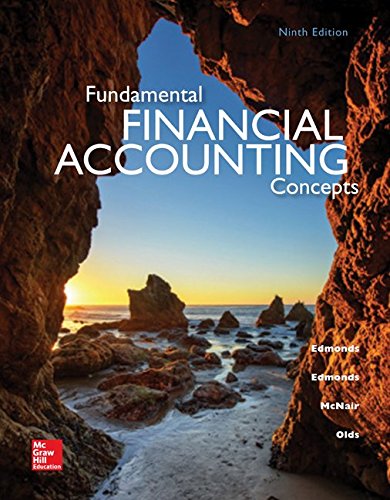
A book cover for Fundamental Financial Accounting Concepts, 9th Edition; Thomas Edmonds; Business & Money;